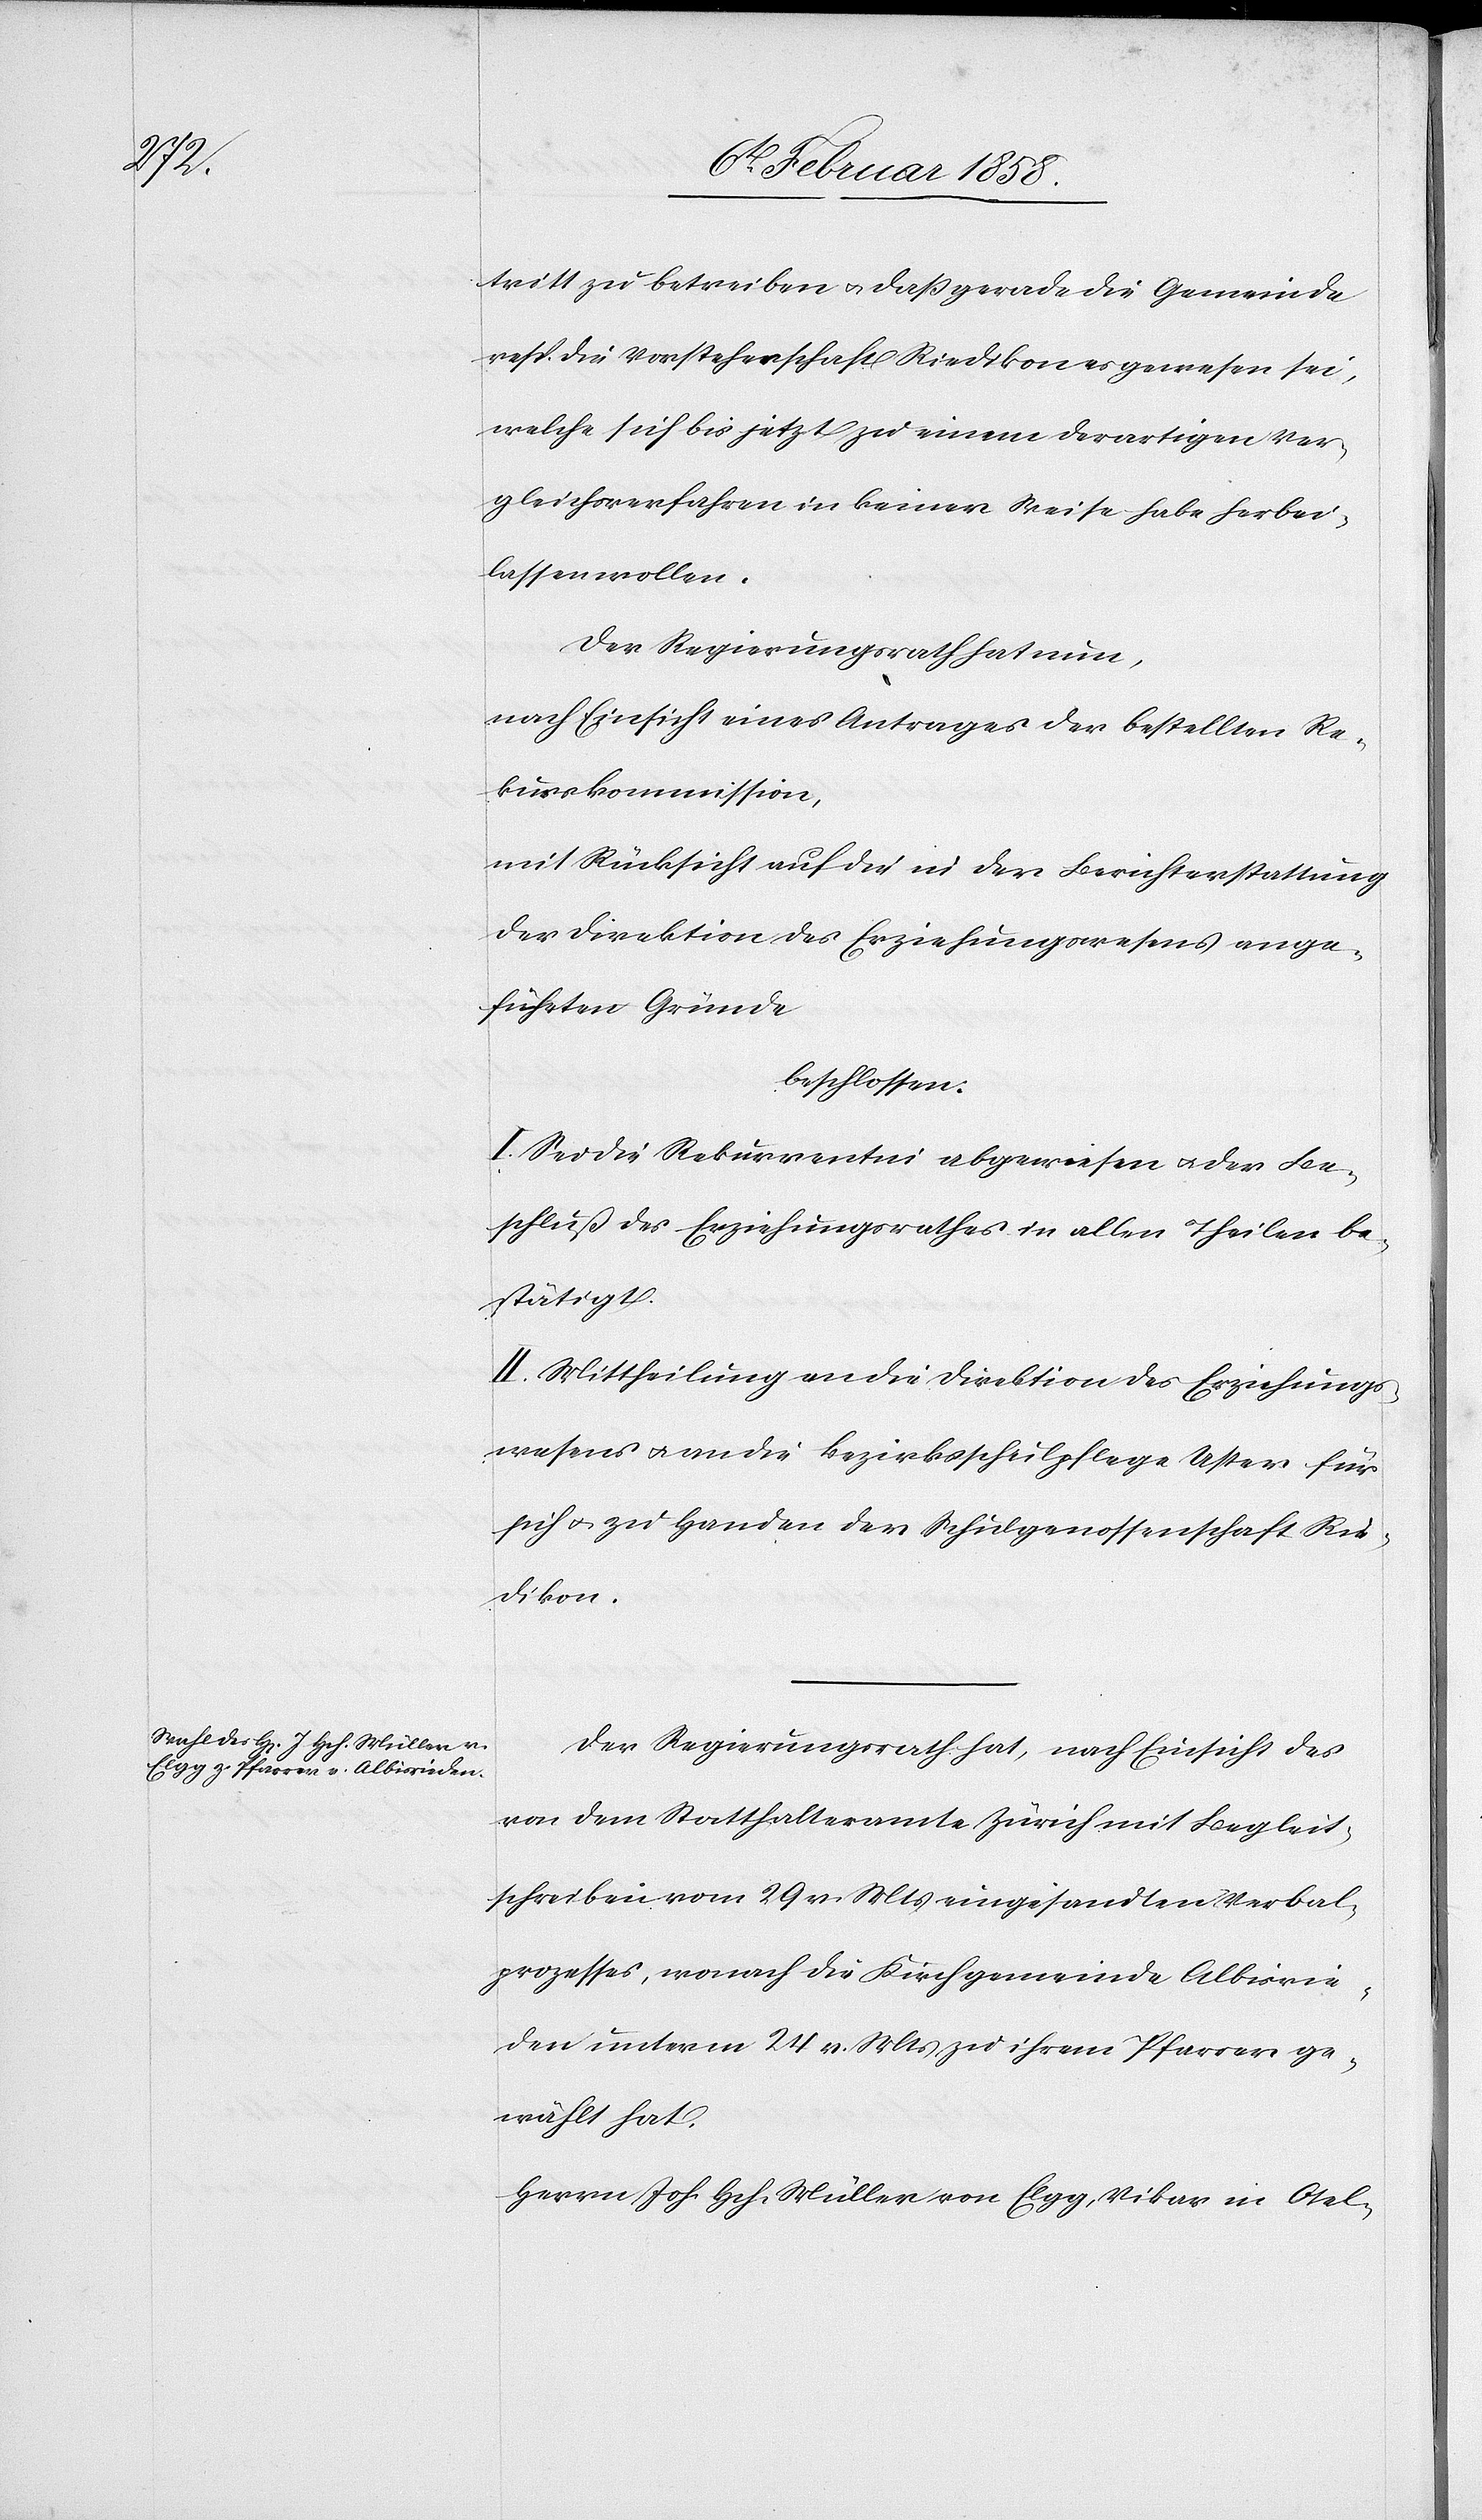
tritt zu betreiben u. daß gerade die Gemeinde
resp. die Vorsteherschaft Riedikon es gewesen sei,
welche sich bis jetzt zu einem derartigen Ver¬
gleichsverfahren in keiner Weise habe herbei¬
lassen wollen.
Der Regierungsrath hat nun,
nach Einsicht eines Antrages der bestellten Re¬
kurskommisison,
mit Rücksicht auf die in der Berichterstattung
der Direktion des Erziehungswesens ange¬
führten Gründe
beschlossen:
I. Sei die Rekurrentin abgewiesen u. der Be¬
schluß des Erziehungsrathes in allen Theilen be¬
stätigt.
II. Mittheilung an die Direktion des Erziehungs¬
wesens u. an die Bezirksschulpflege Uster für
sich u. zu Handen der Schulgenossenschaft Rie¬
dikon.
Der Regierungsrath hat, nach Einsicht des
von dem Statthalteramte Zürich mit Begleit¬
schreiben vom 29 v. Mts eingesandten Verbal¬
prozesses, wonach die Kirchgemeinde Albisrie¬
den unterm 24. v. Mts zu ihrem Pfarrer ge¬
wählt hat.
Herrn Joh. Hch. Müller von Elgg, Vikar in Otel-